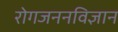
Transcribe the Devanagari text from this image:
रोगजननविज्ञान